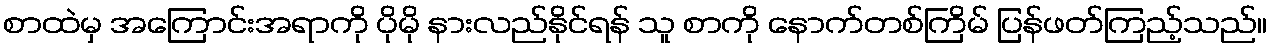
စာထဲမှ အကြောင်းအရာကို ပိုမို နားလည်နိုင်ရန် သူ စာကို နောက်တစ်ကြိမ် ပြန်ဖတ်ကြည့်သည်။